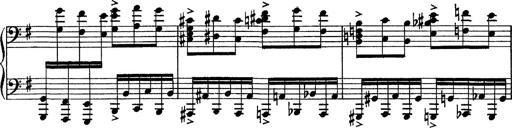
Title: Tarantelle di bravura dâ€™aprÃ¨s la tarantelle de La muette de Portici
Composer: Franz Liszt